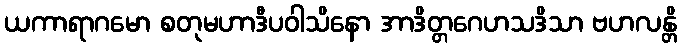
ယကာရာဂမော စတုမဟာဒီပဝါသိနော အာဒိတ္တဂေဟသဒိသာ ဗဟလန္တိ